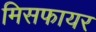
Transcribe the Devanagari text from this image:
मिसफायर